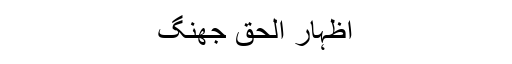
اظہار الحق جھنگ